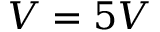
V = 5 V